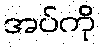
အပ်ကို